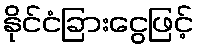
နိုင်ငံခြားငွေဖြင့်